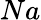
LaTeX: Na